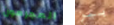
المجرمون بيز